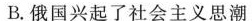
B. 俄国兴起了社会主义思潮